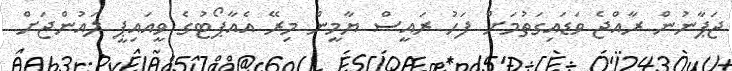
ޖަޕާނުން ރާއްޖެ ވަޑައިގަތުމަށް ފަހު ރައީސް ޔާމީން މިރޭ އެއާޕޯޓުގެ ވީއައިޕީ ލައުންޖަށް